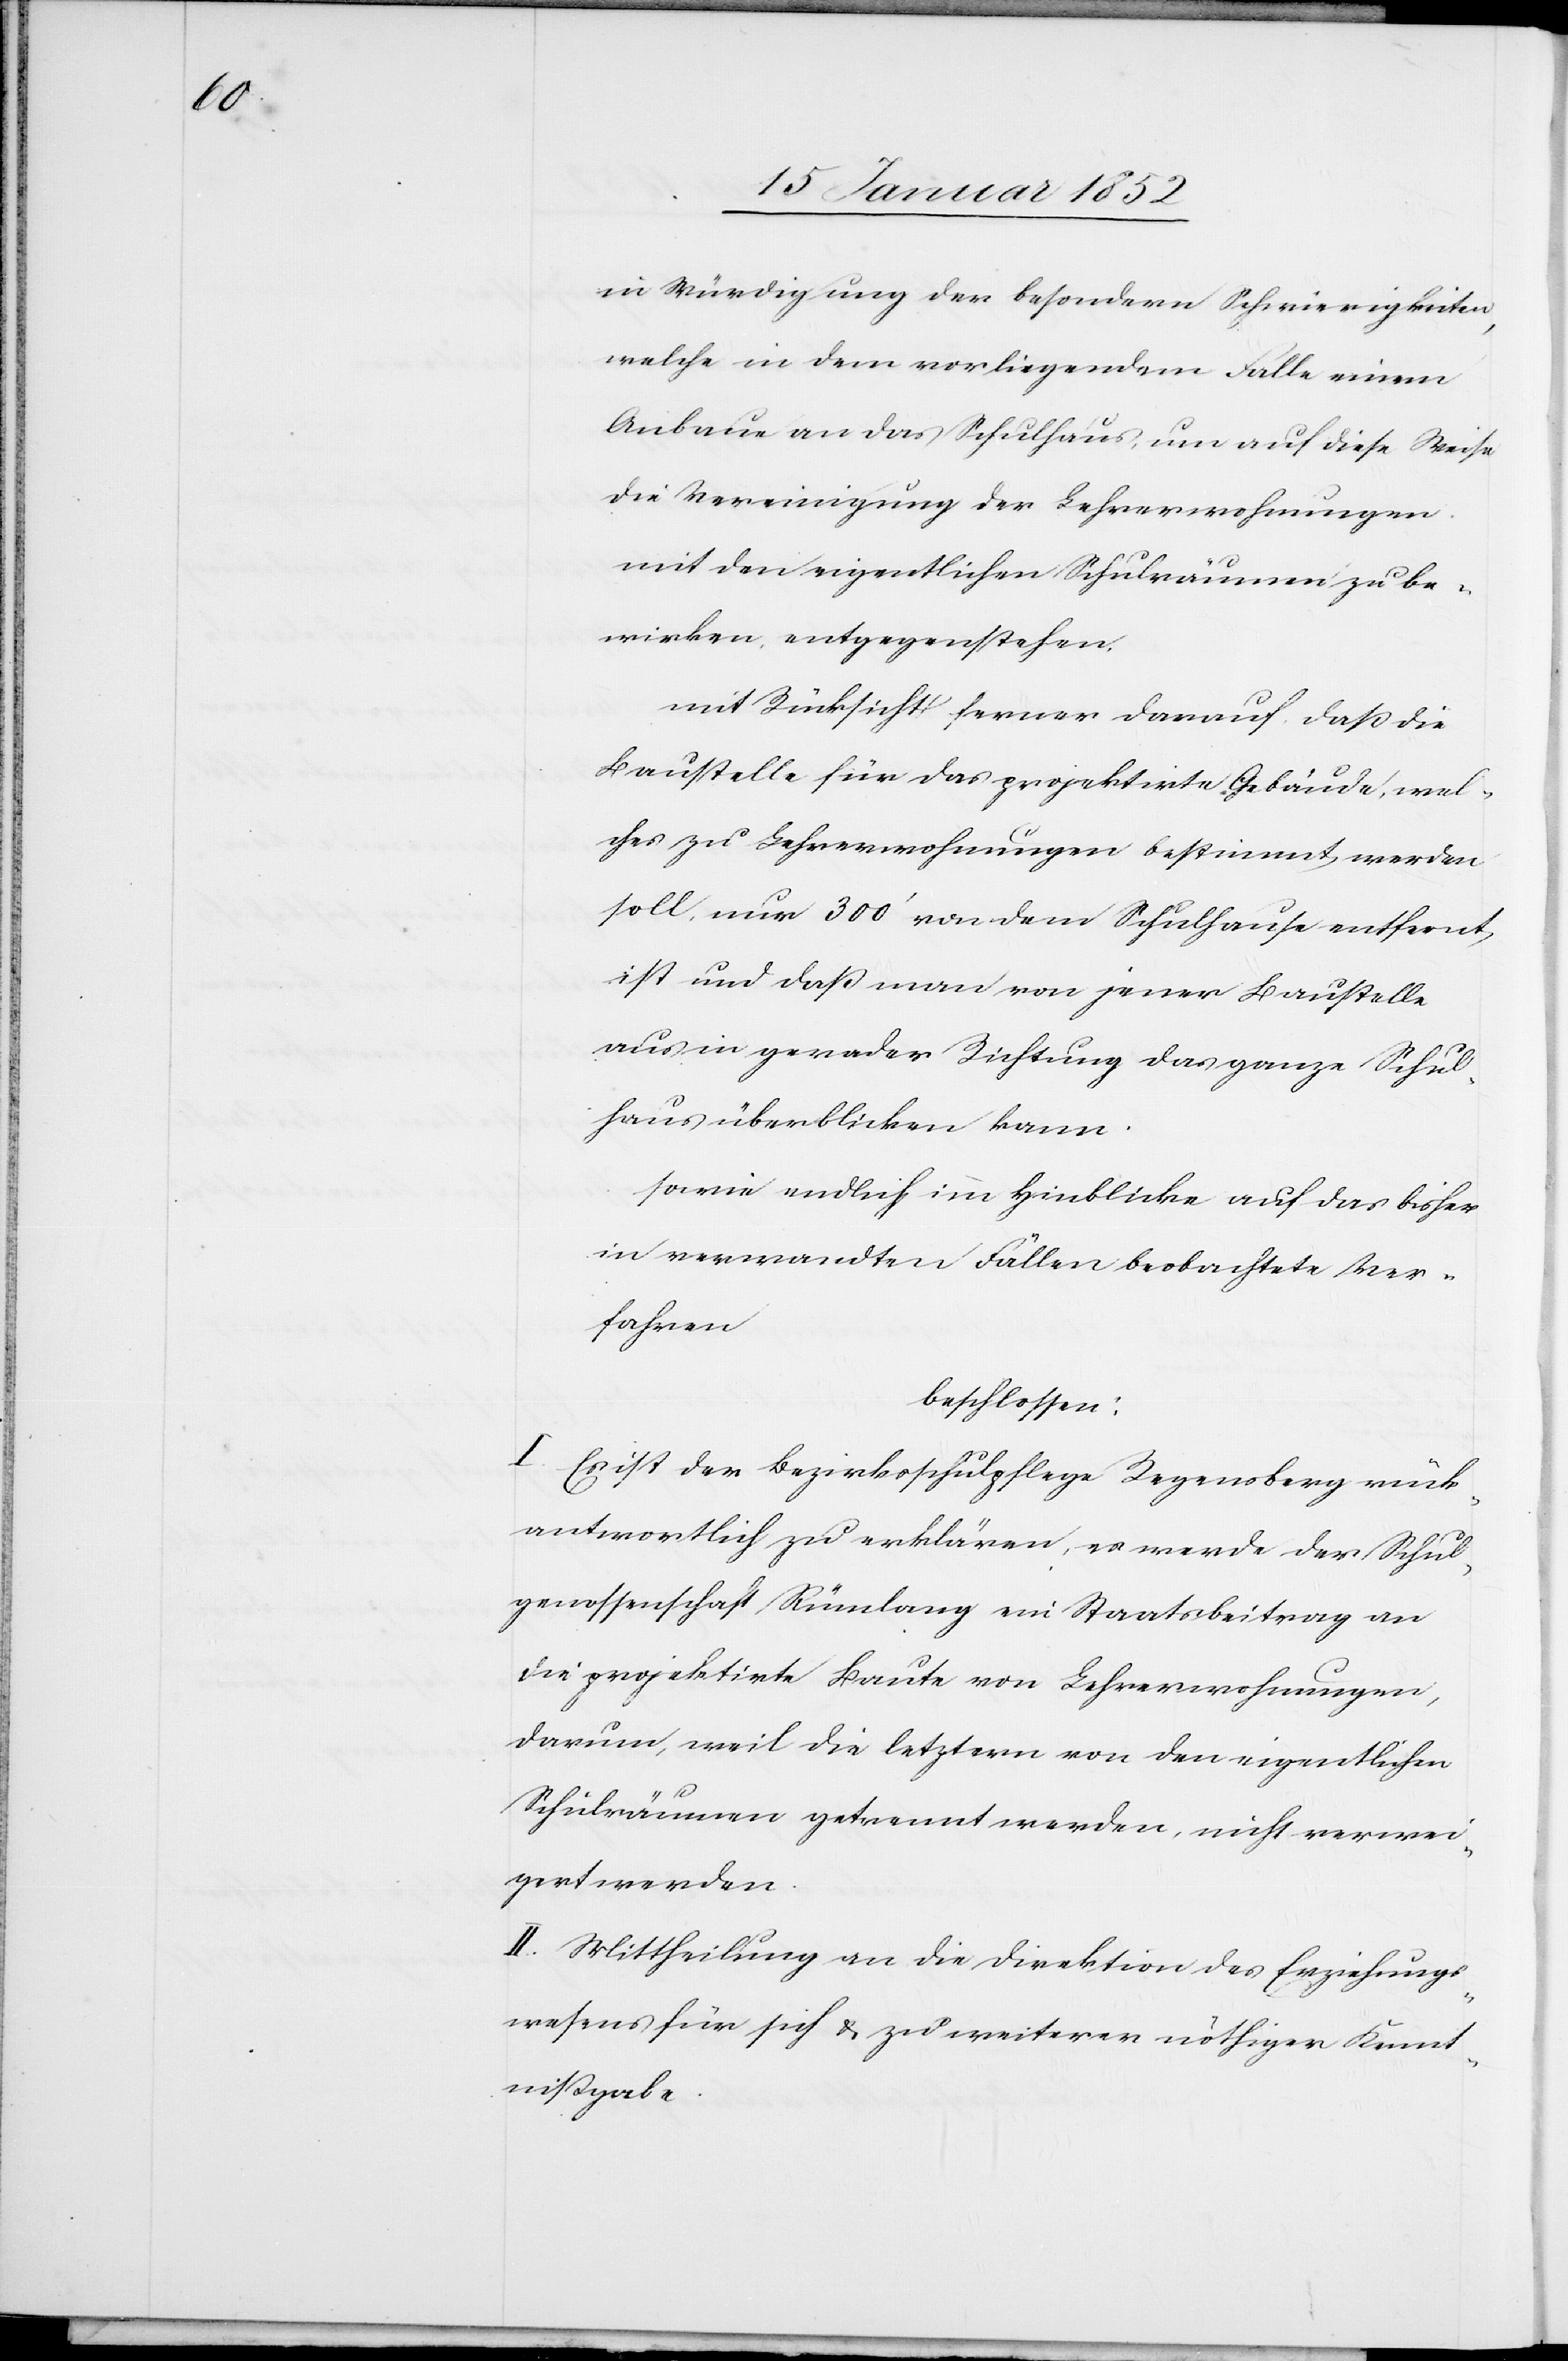
in Würdigung der besondern Schwierigkeiten,
welche in dem vorliegenden Fall einem
Anbaue an das Schulhaus, um auf diese Weise
die Vereinigung der Lehrerwohnungen
mit den eigentlichen Schulräumen zu be¬
wirken entgegenstehen.
mit Rücksicht ferner darauf daß die
Baustelle für das projektirte Gebäude, wel¬
ches zu Lehrerwohnungen bestimmt werden
soll, nur 300’ von dem Schulhause entfernt
ist und daß man von jener Baustelle
aus in gerader Richtung das ganze Schul¬
haus überblicken kann.
sowie endlich im Hinblicke auf das bisher
in verwandten Fällen beobachtete Ver¬
fahren
beschlossen:
I. Es ist der Bezirksschulpflege Regensberg rück¬
antwortlich zu erklären, es werde der Schul¬
genossenschaft Rümlang ein Staatsbeitrag an
die projektirte Baute von Lehrerwohnungen,
darum, weil die letztern von den eigentlichen
Schulräumen getrennt werden, nicht verwei¬
gert werden.
II. Mittheilung an die Direktion des Erziehungs¬
wesens für sich u. zu weiterer nöthiger Kennt¬
nißgabe.